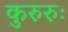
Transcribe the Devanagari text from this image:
कुरुरुः